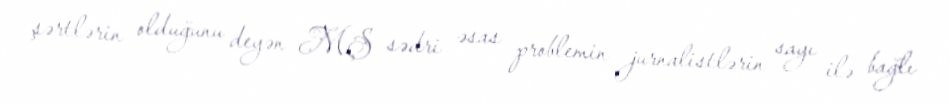
şərtlərin olduğunu deyən MŞ sədri əsas problemin jurnalistlərin sayı ilə bağlı